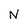
Character: N